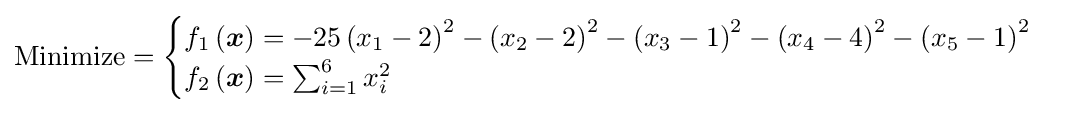
{\text{Minimize}}={\begin{cases}f_{1}\left({\boldsymbol {x}}\right)=-25\left(x_{1}-2\right)^{2}-\left(x_{2}-2\right)^{2}-\left(x_{3}-1\right)^{2}-\left(x_{4}-4\right)^{2}-\left(x_{5}-1\right)^{2}\\f_{2}\left({\boldsymbol {x}}\right)=\sum _{i=1}^{6}x_{i}^{2}\\\end{cases}}